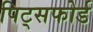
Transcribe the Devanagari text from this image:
पिट्सफोर्ड